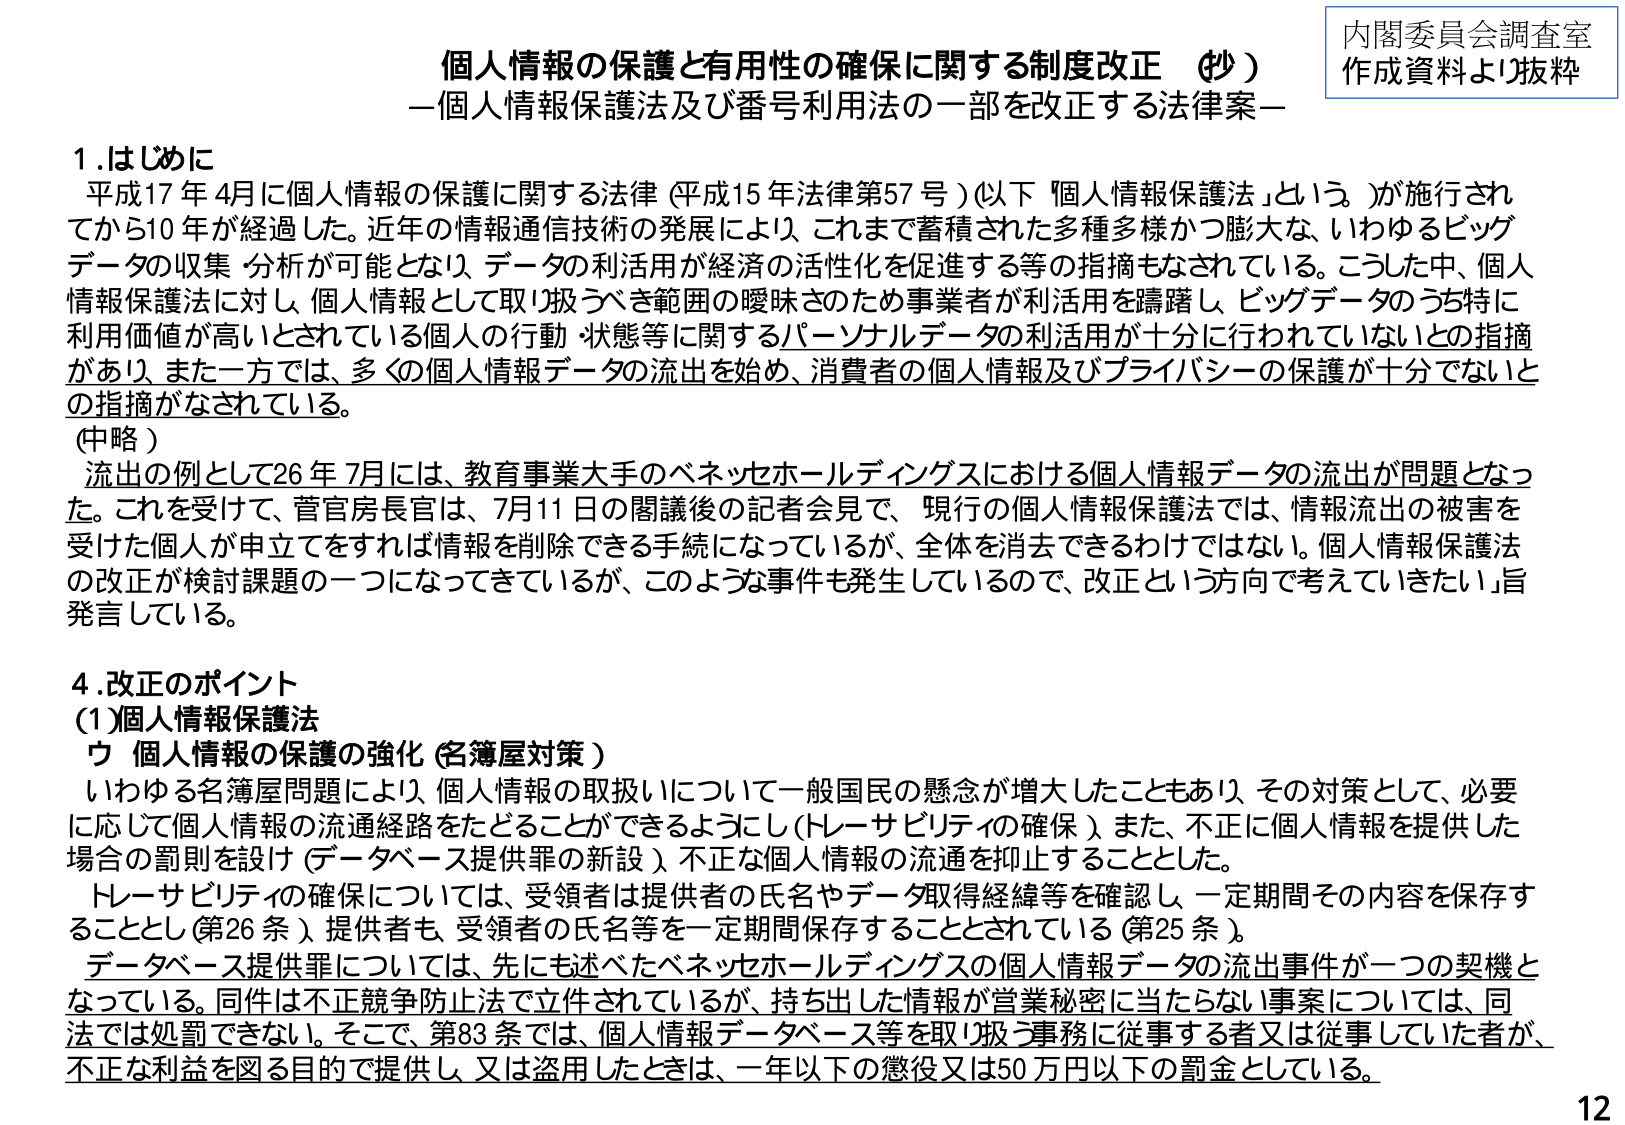
個人情報の保護と有用性の確保に関する制度改正（抄）
－個人情報保護法及び番号利用法の一部を改正する法律案－

内閣委員会調査室
作成資料より抜粋

1. はじめに
平成17年4月に個人情報の保護に関する法律（平成15年法律第57号）（以下「個人情報保護法」という。）が施行されてから10年が経過した。近年の情報通信技術の発展により、これまで蓄積された多種多様かつ膨大な、いわゆるビッグデータの収集・分析が可能となり、データの利活用が経済の活性化を促進する等の指摘もなされている。こうした中、個人情報保護法に対し、個人情報として取り扱うべき範囲の曖昧さのため事業者が利活用を躊躇し、ビッグデータのうち特に利用価値が高いとされている個人の行動・状態等に関するパーソナルデータの利活用が十分に行われていないとの指摘があり、また一方では、多くの個人情報データの流出を始め、消費者の個人情報及びプライバシーの保護が十分でないとの指摘がなされている。

（中略）
流出の例として26年7月には、教育事業大手のベネッセホールディングスにおける個人情報データの流出が問題となった。これを受けて、菅官房長官は、7月11日の閣議後の記者会見で、「現行の個人情報保護法では、情報流出の被害を受けた個人が申立てをすれば情報を削除できる手続になっているが、全体を消去できるわけではない。個人情報保護法の改正が検討課題の一つになってきているが、このような事件も発生しているので、改正という方向で考えていきたい」と発言している。

4. 改正のポイント
(1) 個人情報保護法
ウ 個人情報の保護の強化（名簿屋対策）
いわゆる名簿屋問題により、個人情報の取扱いについて一般国民の懸念が増大したこともあり、その対策として、必要に応じて個人情報の流通経路をたどることができるよう（トレーサビリティの確保）、また、不正に個人情報を提供した場合の罰則を設け（データベース提供罪の新設）、不正な個人情報の流通を抑止することとした。

トレーサビリティの確保については、受領者は提供者の氏名やデータ取得経緯等を確認し、一定期間その内容を保存することとし（第26条）、提供者も、受領者の氏名等を一定期間保存することとされている（第25条）。

データベース提供罪については、先にも述べたベネッセホールディングスの個人情報データの流出事件が一つの契機となっている。同件は不正競争防止法で立件されているが、持ち出した情報が営業秘密に当たらない事案については、同法では処罰できない。そこで、第83条では、個人情報データベース等を取り扱う事務に従事する者又は従事していた者が、不正な利益を図る目的で提供し、又は盗用したときは、一年以下の懲役又は50万円以下の罰金としている。

12